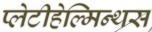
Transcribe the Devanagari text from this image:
प्लेटीहेल्मिन्थस